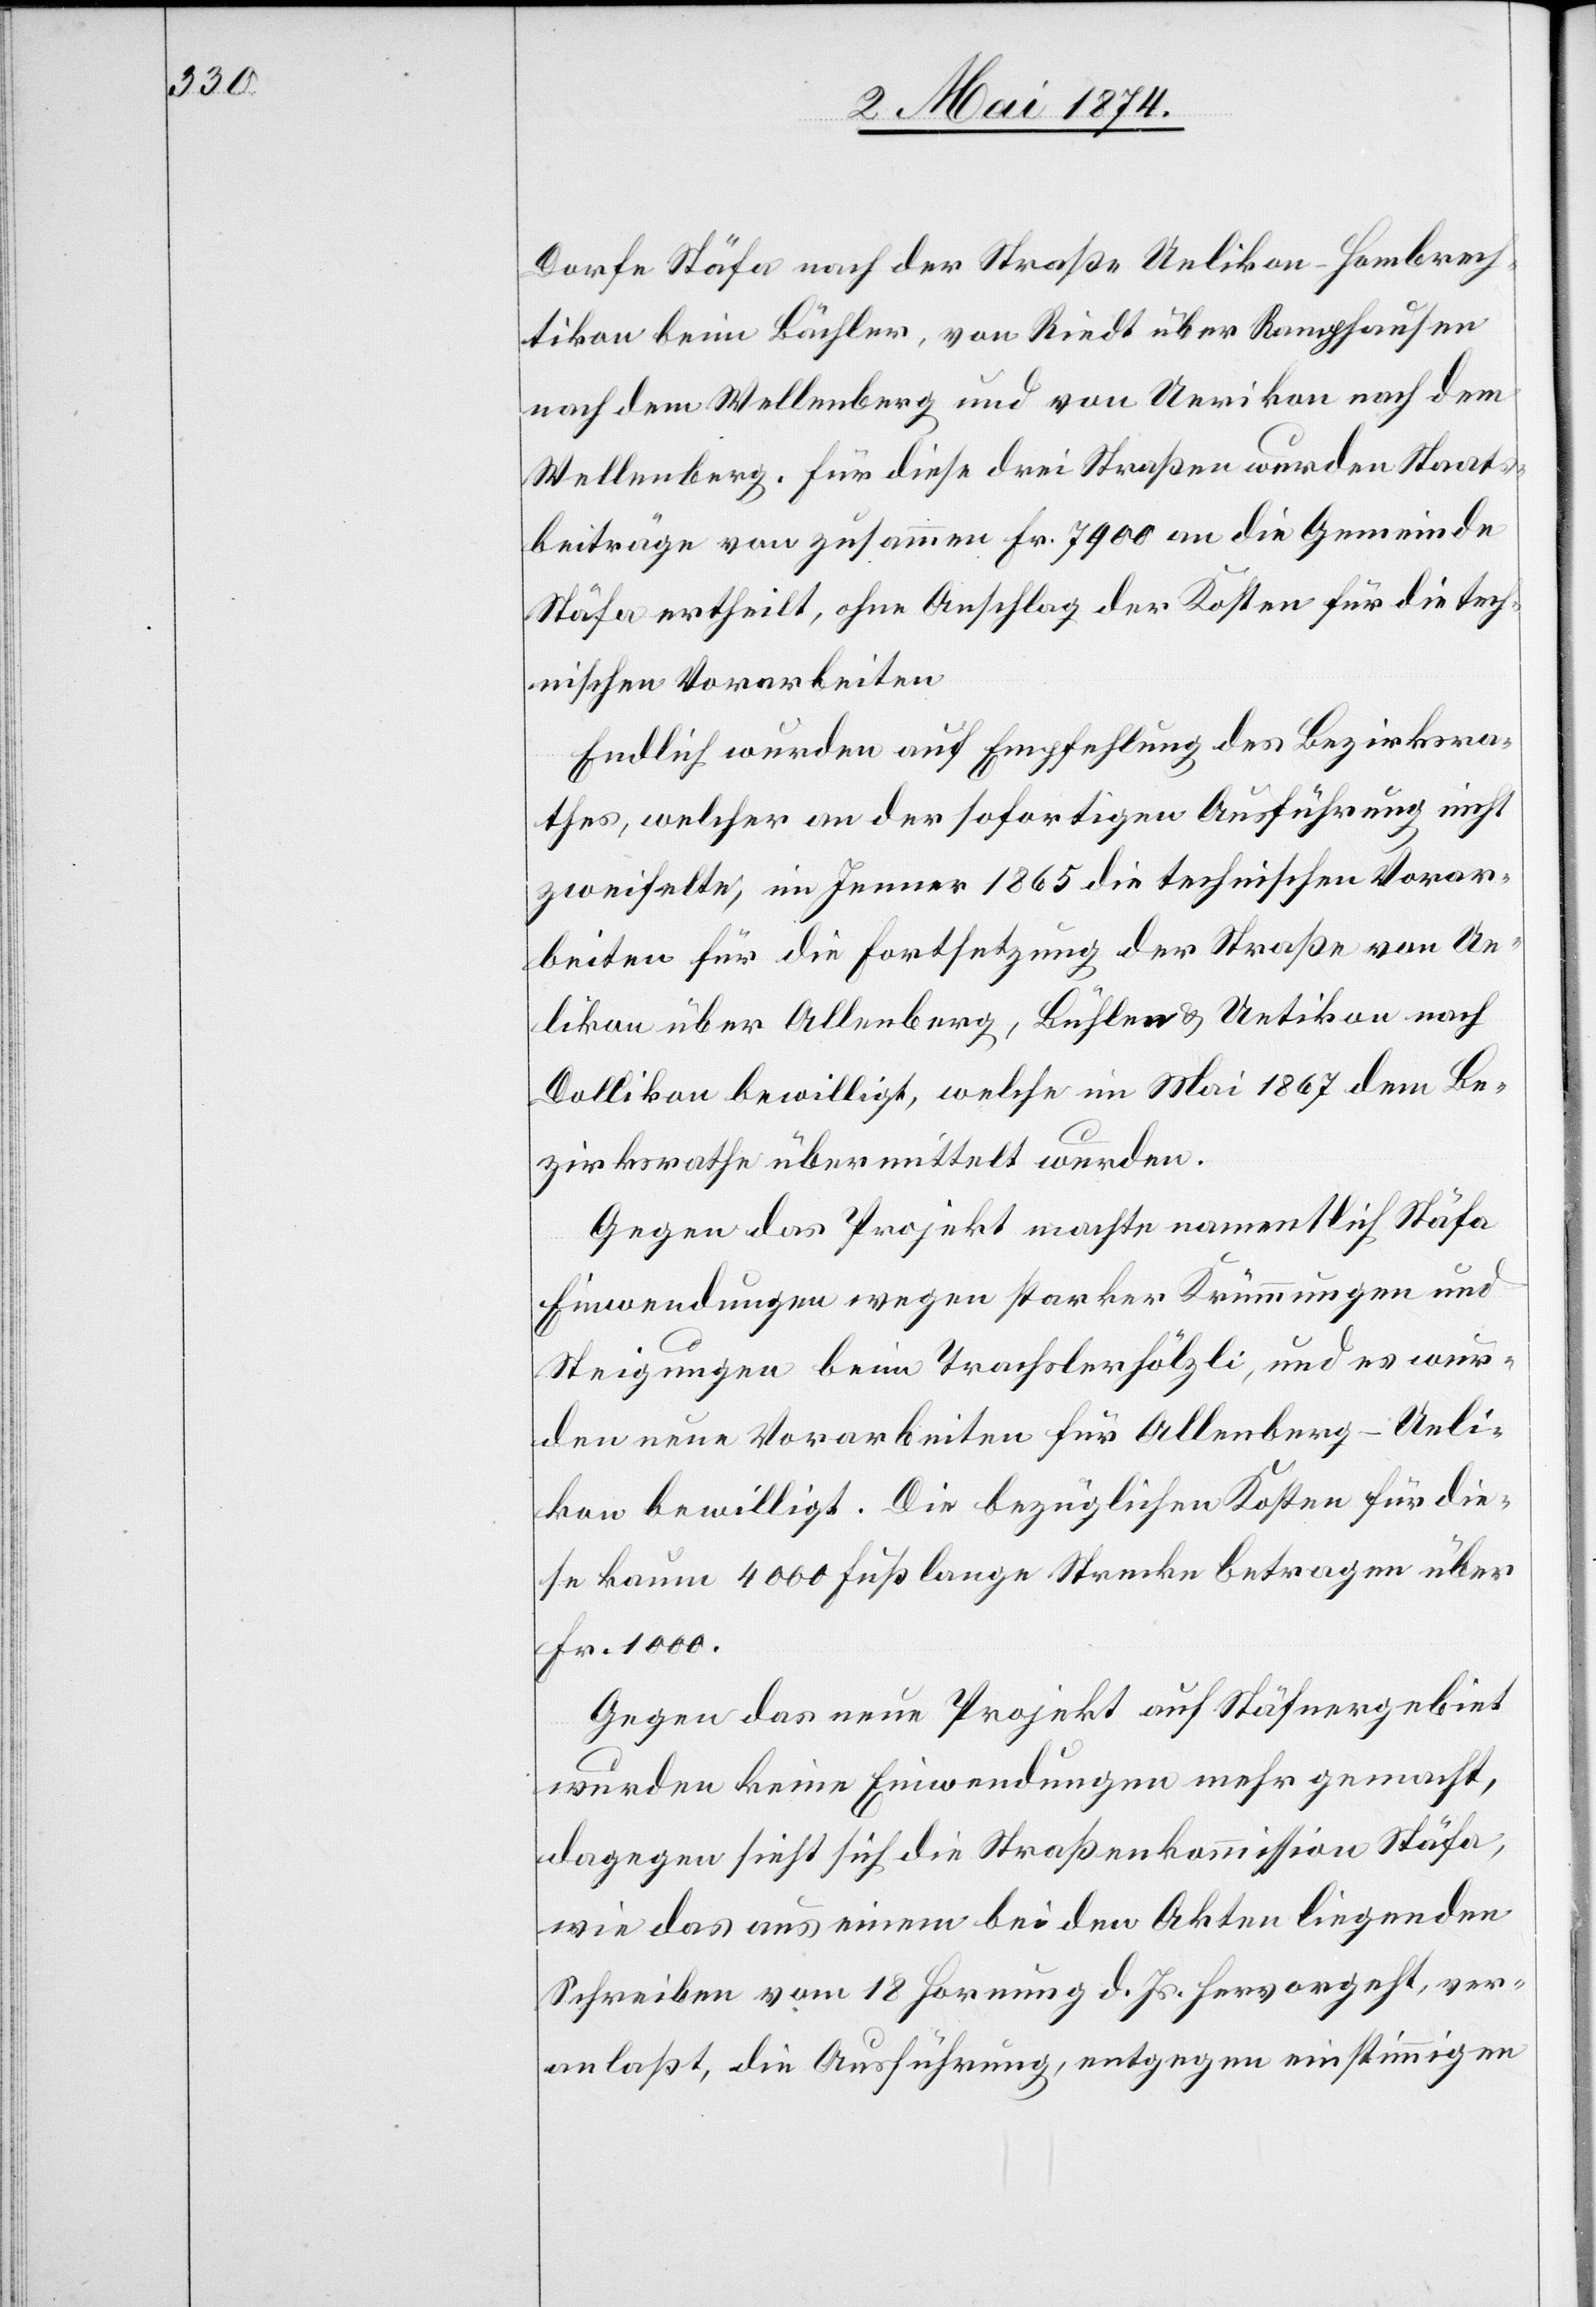
Dorfe Stäfa nach der Straße Uelikon-Hombrech¬
tikon beim Bächler, von Riedt über Ranghausen
nach dem Wellenberg und von Uerikon nach dem
Wellenberg. Für diese drei Straßen wurden Staats¬
beiträge von zusammen Fr. 7900 an die Gemeinde
Stäfa ertheilt, ohne Anschlag der Kosten für die tech¬
nischen Vorarbeiten.
Endlich wurden auf Empfehlung des Bezirksra¬
thes, welcher an der sofortigen Ausführung nicht
zweifelte, im Jenner 1865 die technischen Vorar¬
beiten für die Fortsetzung der Straße von Ue¬
likon über Allenberg, Bühlen u. Uetikon nach
Dollikon bewilligt, welche im Mai 1867 dem Be¬
zirksrathe übermittelt wurden.
Gegen das Projekt machte namentlich Stäfa
Einwendungen wegen starker Krümmungen und
Steigungen beim Trachslerhölzli, und es wur¬
den neue Vorarbeiten für Allenberg-Ueli¬
kon bewilligt. Die bezüglichen Kosten für die¬
se kaum 4000 Fuß lange Strecke betragen über
Fr. 1000.
Gegen das neue Projekt auf Stäfnergebiet
wurden keine Einwendungen mehr gemacht,
dagegen sieht sich die Straßenkommission Stäfa,
wie das aus einem bei den Akten liegenden
Schreiben vom 18. Hornung d. Js. hervorgeht, ver¬
anlaßt, die Ausführung, entgegen einstimmigen